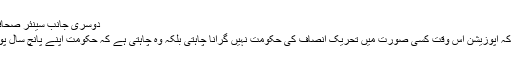
دوسری جانب سینئر صحافی ضاءالدین
نے کہا ہے کہ اپوزیشن اس وقت کسی صورت میں تحریک انصاف کی حکومت نہیں گرانا چاہتی بلکہ وہ چاہتی ہے کہ حکومت اپنے پانچ سال پورے کرے ۔